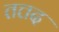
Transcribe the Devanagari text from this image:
तत्तद